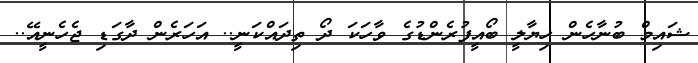
ޝައިމް ބުނާހެން ހިޔާލީ ބޯއީފުރެންޑުގެ ވާހަކަ ދޯ ތިދައްކަނީ.. އަހަރެން ދާގަޑި ޖެހެނީއޭ..